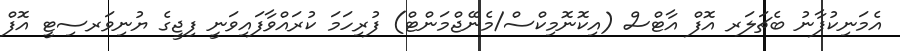
އެމަނިކުފާނު ބެޗަލަރ އޮފް އާޓްސް (އިކޮނޮމިކްސް/މެނޭޖްމަންޓް) ފުރިހަމަ ކުރައްވާފައިވަނީ ފިޖީގެ ޔުނިވަރސިޓީ އޮފް